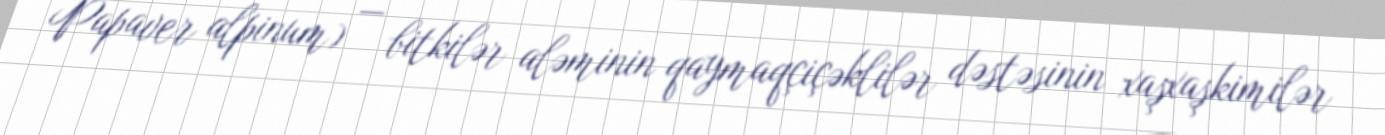
Papaver alpinum) — bitkilər aləminin qaymaqçiçəklilər dəstəsinin xaşxaşkimilər